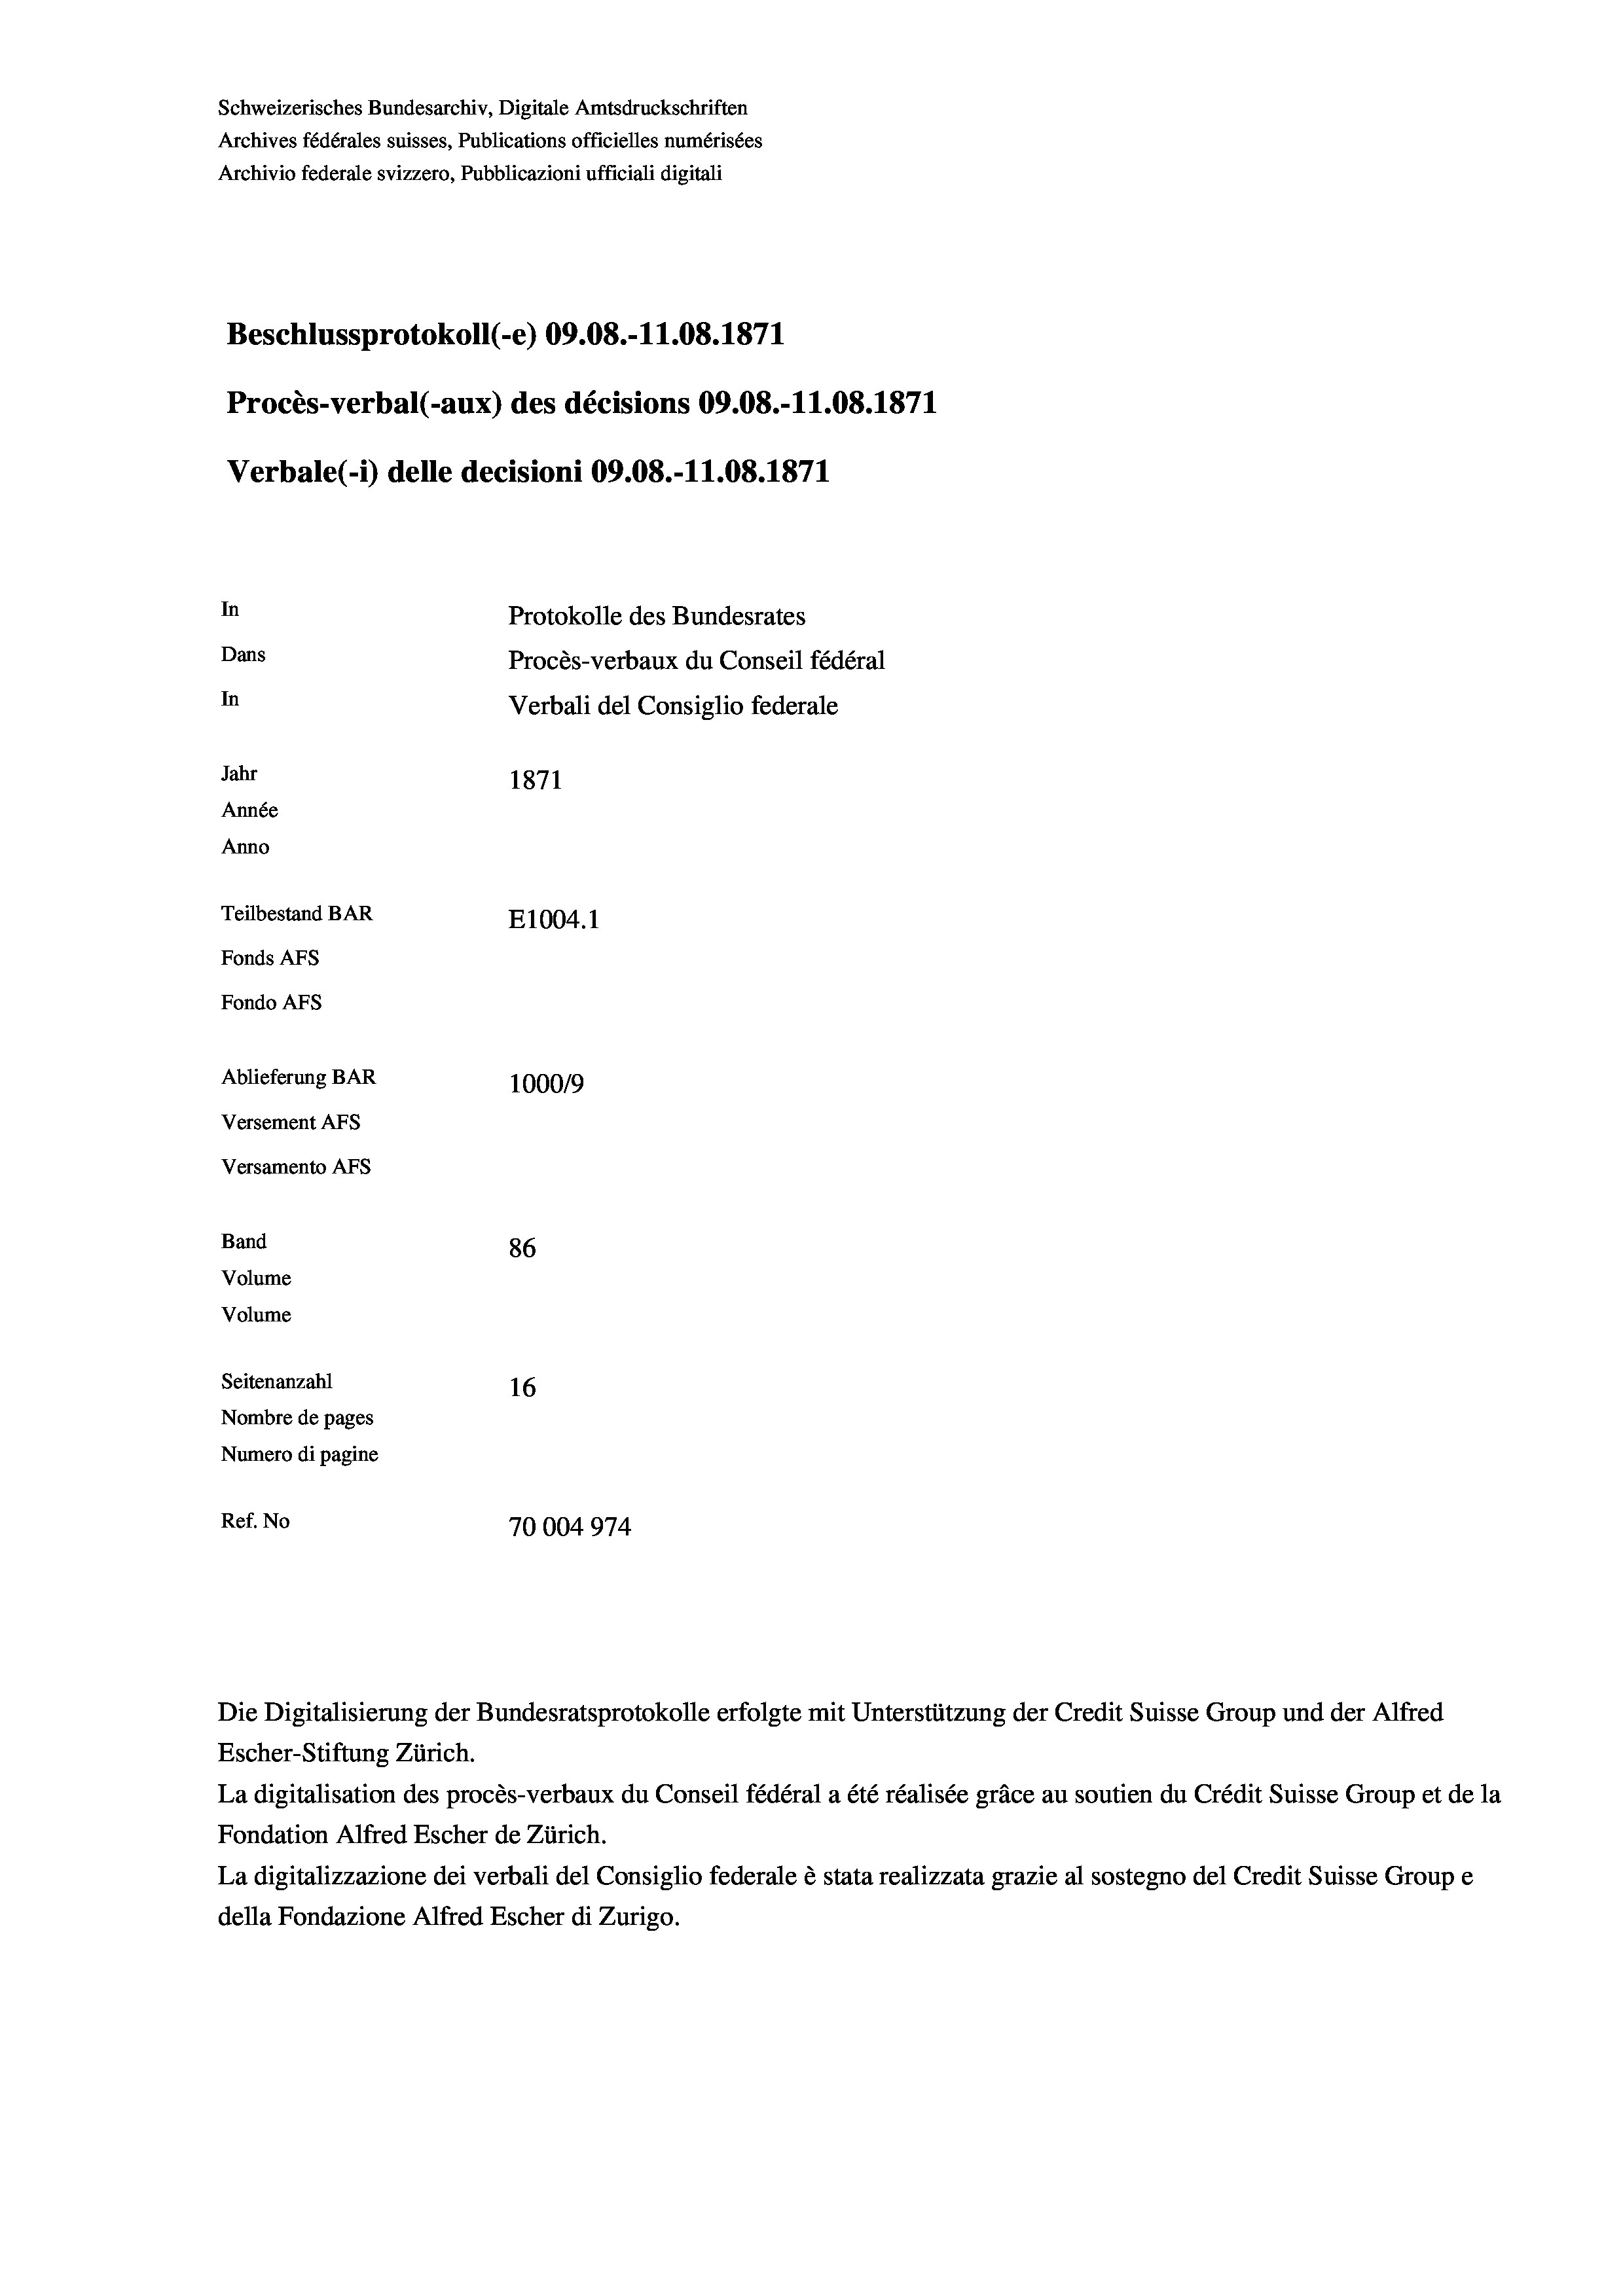
Schweizerisches Bundesarchiv, Digitale Amtsdruckschriften
Archives fédérales suisses, Publications officielles numérisées
Archivio federale svizzero, Pubblicazioni ufficiali digitali
Beschlussprotokoll (-e) 09.08.-11.08. 1871
Procès-verbal (-aux) des décisions 09.08.-11.08. 1871
Verbale (- 1) delle decisioni 09.08.-11.08. 1871
In
Protokolle des Bundesrates
Dans
Procès-verbaux du Conseil fédéral
In
Verbali del Consiglio federale
Jahr
1871
Année
Anno
Teilbestand BAR
E1004. 1
Fonds AFs
Fondo Afs
Ablieferung BAR
100019
Versement AFs
Versamento AFs
Band
86
Volume
Volume
Seitenanzahl
16
Nombre de pages
Numero di pagine
Ref. No
70004974

Die Digitalisierung der Bundesratsprotokolle erfolgte mit Unterstützung der Credit Suisse Group und der Alfred
Escher-Stiftung Zürich.
La digitalisation des procès-verbaux du Conseil fédéral a été réalisée gräce au soutien du Crédit Suisse Group et de la
Fondation Alfred Escher de Zürich.
La digitalizzazione dei verbali del Consiglio federale è stata realizzata grazie al sostegno del Credit Suisse Groupe
della Fondazione Alfred Escher di Zurigo.